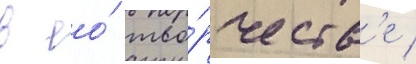
в ео́ тво́рчеств'е /